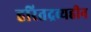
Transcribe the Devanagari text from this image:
हरितद्रव्यहीन